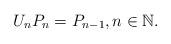
LaTeX: \begin{align*}U_{n}P_{n}=P_{n-1},n\in\mathbb{N}. \end{align*}